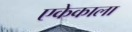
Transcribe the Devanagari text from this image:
एकेकाला